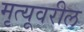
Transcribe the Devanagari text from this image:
मृत्यूवरील